Burma Government Medical School reports 1923-41
Year: 1923
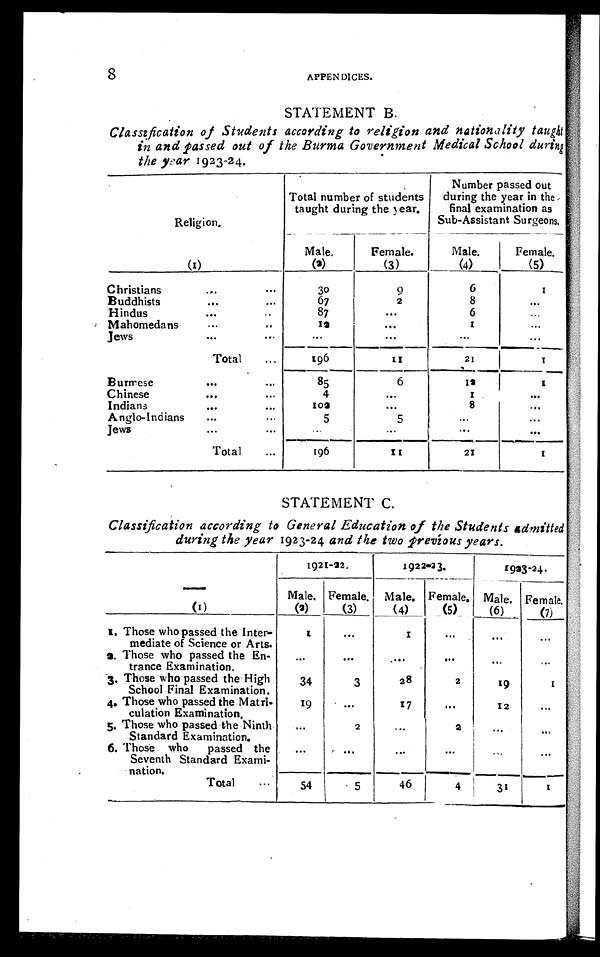
8
APPEN DICES.
STATEMENT B.
Classification of Students according to religion and nationality taught
in and passed out of the Burma Government Medical School during
the year 1923-24.
Religion
Total number of students
taught during the year.
Number passed out
during the year in the
final examination as
Sub-Assistant Surgeons.
(1)
Male.
(2)
Female.
(3)
Male.
( 4 )
Female.
(5)
Christians
...
...
3 0
9
6
1
Buddhists...
6 7
2
8
...
Hindus
...
..
87
...
6
...
Mahomedans
1 2
. . .
1
...
Jews
...
...
...
...
. . .
...
Total
...
196
1 1
21
1
Burmese
85
6
1 2
1
Chinese
...
...
4
...
1
...
Indians
...
...
1 0 2
. . .
8
...
Anglo-Indians
5
5
. . .
. . .
Jews
...
...
. . .
...
. . .
...
Total...
1 1
26
1
STATEMENT C.
Classification according to General Education of the Students admitted
during the year 1923-24 and the two previous years.
1921-22.
1922-23.
1923-24.
Male. Female.
Male. Female. Male. Female.
(1)
(2)
(3)
(4) _
(5)
(6)
(7)
1. Those who passed the Inter-
mediate of Science or Arts.
1
...
1
. . .
. . .
. . .
2. Those who passed the En-
trance Examination.
...
. . .
...
...
3. Those who passed the High
School Final Examination.
34
3
28
2
19
1
4. Those who passed the Matri-
culation Examination.
19
. . .
1 7
. . .
12
. . .
5. Those who passed the Ninth
Standard Examination.
. . .
2
...
2
i
...
...
6. Those who
passed the
Seventh Standard Exami-
nation.
. . .
. . .
. . .
. . .
. . .
. . .
Total
. . .
54 5
46
4
31
1